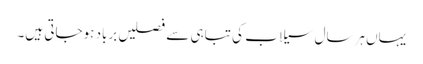
یہاں ہرسال سیلاب کی تباہی سے فصلیں برباد ہوجاتی ہیں۔